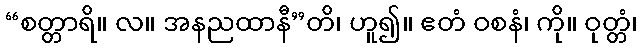
“စတ္တာရိ။ လ။ အနညထာနီ”တိ၊ ဟူ၍။ ဧတံ ဝစနံ၊ ကို။ ဝုတ္တံ၊